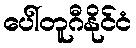
ပေါ်တူဂီနိုင်ငံ